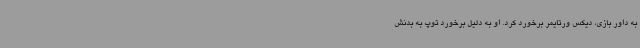
به داور بازی، دیکس ورتایمر برخورد کرد. او به دلیل برخورد توپ به بدنش